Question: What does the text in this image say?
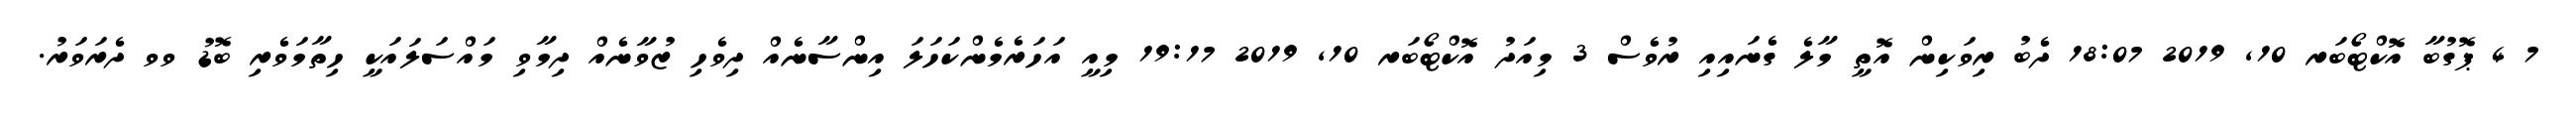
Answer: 7 4 ޕޮގުބާ އޮކްޓޯބަރ 10, 2019 18:07 ދެބު ރިވަކިން އޮތީ މާލެ ގެނައިއި ރުވެސް 3 މިއަދު އޮކްޓޯބަރ 10, 2019 19:17 މިއީ އަހަރެމެންކަހަލަ އިންސާނެއް ދިވެހި ޒުވާނެއް ދިމާވި މައްސަލައަކީ ހިތާމަވެރި ބޮޑު ވވ ދެރަވަރު.